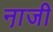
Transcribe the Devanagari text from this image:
ना़जी